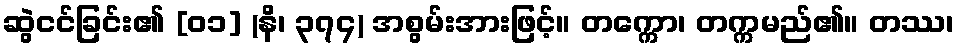
ဆွဲငင်ခြင်း၏ [၀၁] (နိ၊ ၃၇၄) အစွမ်းအားဖြင့်။ တက္ကော၊ တက္ကမည်၏။ တဿ၊